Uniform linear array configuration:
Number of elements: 16
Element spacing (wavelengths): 0.75
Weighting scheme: exponential
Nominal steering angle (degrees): -45
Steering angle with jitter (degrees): -44.777
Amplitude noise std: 0.05
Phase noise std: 0.05

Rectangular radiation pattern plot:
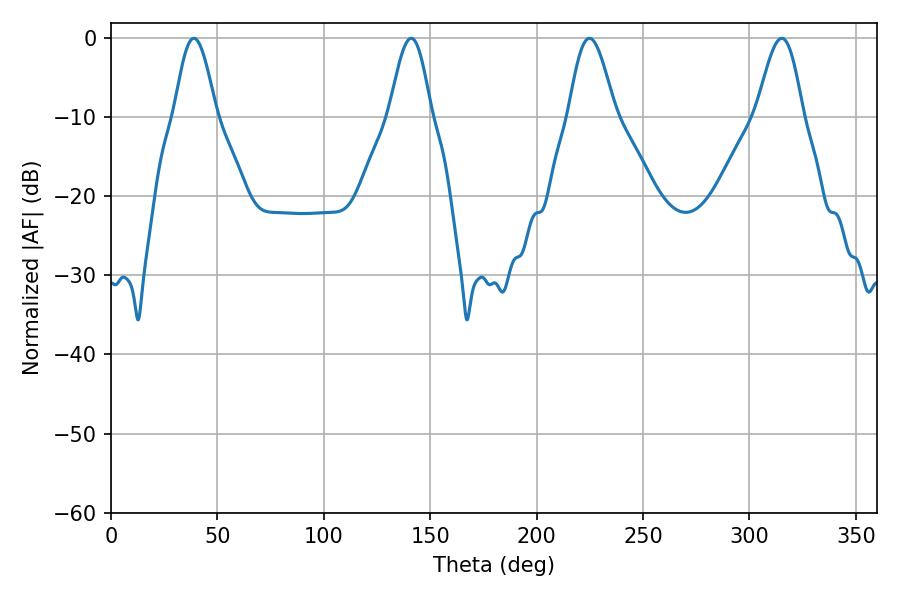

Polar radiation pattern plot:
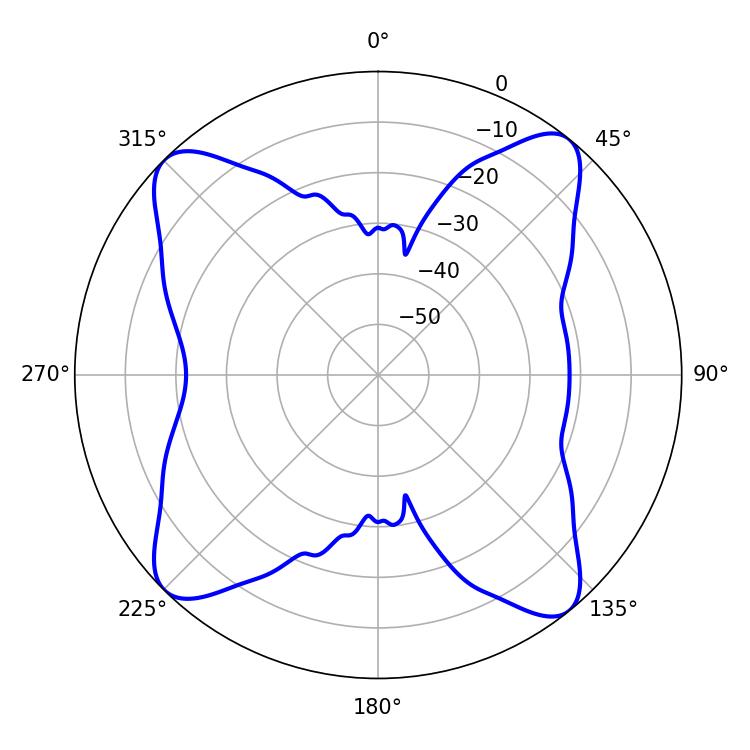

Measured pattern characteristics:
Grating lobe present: TRUE
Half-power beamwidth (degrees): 11.52
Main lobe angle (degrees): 224.82